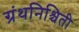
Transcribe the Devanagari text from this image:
ग्रंथनिश्चिती